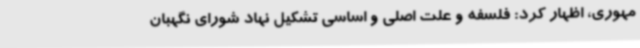
مهوری، اظهار کرد: فلسفه و علت اصلی و اساسی تشکیل نهاد شورای نگهبان